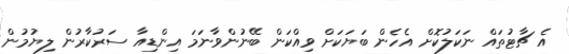
އެ ޗާޓުތައް ނަކަލުކޮށް އެހެން ބަޔަކަށް ވިއްކަން ބޭނުންވާނަމަ އިންޑިއާ ސަރުކާރުން ލިޔުމުން